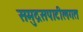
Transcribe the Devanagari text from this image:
समुद्रसपाटीलगत